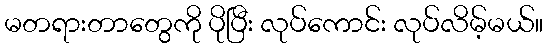
မတရားတာတွေကို ပိုပြီး လုပ်ကောင်း လုပ်လိမ့်မယ်။